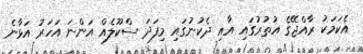
އެކަމަކު ރާއްޖޭގެ އުތުރުގައި އާއި ދެކުނުގައި މިފަދަ ސްކޫލެއް އަންނަ އަހަރު އަޅާނެ